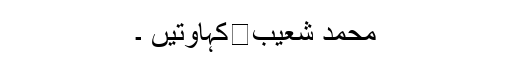
محمد شعیب	کہاوتیں ۔